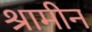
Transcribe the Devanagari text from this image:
श्रामीन